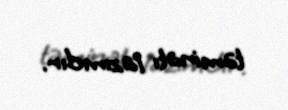
təminatı lazımdır.